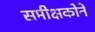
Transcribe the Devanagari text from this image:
समीक्षकोने